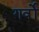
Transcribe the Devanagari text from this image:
गर्वो